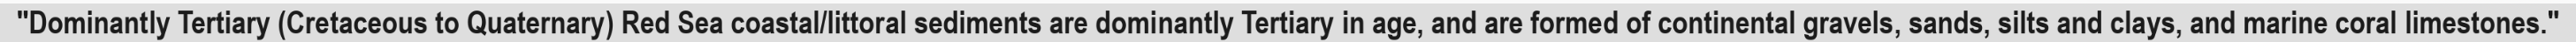
"Dominantly Tertiary (Cretaceous to Quaternary) Red Sea coastal/littoral sediments are dominantly Tertiary in age, and are formed of continental gravels, sands, silts and clays, and marine coral limestones."